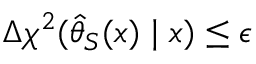
\Delta \chi ^ { 2 } ( \hat { \theta } _ { S } ( x ) \mid x ) \le \epsilon